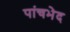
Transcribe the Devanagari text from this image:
पांचभेद